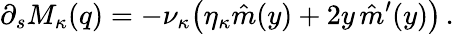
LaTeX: \partial_{s}M_{\kappa}(q)=-\nu_{\kappa}\big(\eta_{\kappa}\hat{m}(y)+2y\, \hat{m}^{\prime}(y)\big)\, .